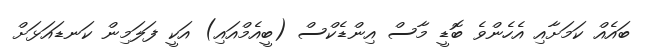
ބައެއް ކަމަށާއި އެހެންވެ ބޮޑީ މާސް އިންޑެކްސް (ބީއެމްއައި) އަކީ ފަލަމިން ކަނޑައަޅަށް